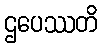
ဌပေဿတိ